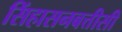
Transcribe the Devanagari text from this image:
सिंहासनबत्तीसी